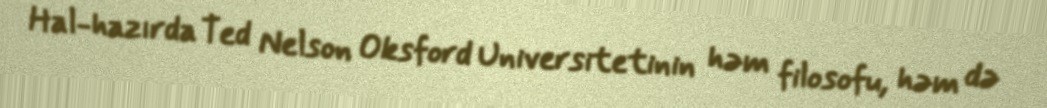
Hal-hazırda Ted Nelson Oksford Universitetinin həm filosofu, həm də